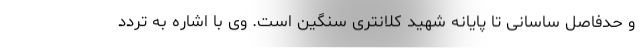
و حدفاصل ساسانی تا پایانه شهید کلانتری سنگین است. وی با اشاره به تردد